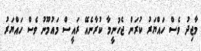
މާޖިދު ވެސް ހައްޔަރު ކުރަން ޖެހުނީމާ ކުރާނެއޭ ރައީސް މައުމޫނު ވެސް ހައްޔަރު